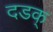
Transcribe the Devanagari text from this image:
दडक्